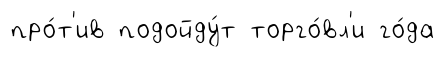
про́т'ив подойду́т торго́вл'и го́да